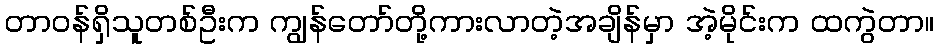
တာဝန်ရှိသူတစ်ဦးက ကျွန်တော်တို့ကားလာတဲ့အချိန်မှာ အဲ့မိုင်းက ထကွဲတာ။